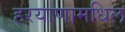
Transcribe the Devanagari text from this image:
हरयाणामधिल